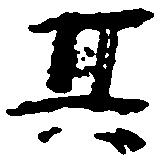
其